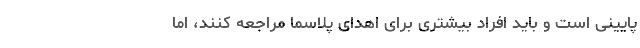
پایینی است و باید افراد بیشتری برای اهدای پلاسما مراجعه کنند، اما